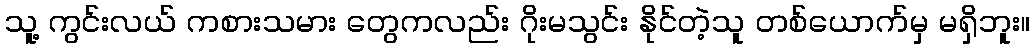
သူ့ ကွင်းလယ် ကစားသမား တွေကလည်း ဂိုးမသွင်း နိုင်တဲ့သူ တစ်ယောက်မှ မရှိဘူး။